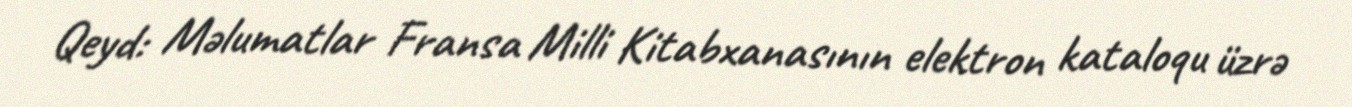
Qeyd: Məlumatlar Fransa Milli Kitabxanasının elektron kataloqu üzrə